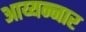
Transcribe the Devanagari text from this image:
आय्यन्नार